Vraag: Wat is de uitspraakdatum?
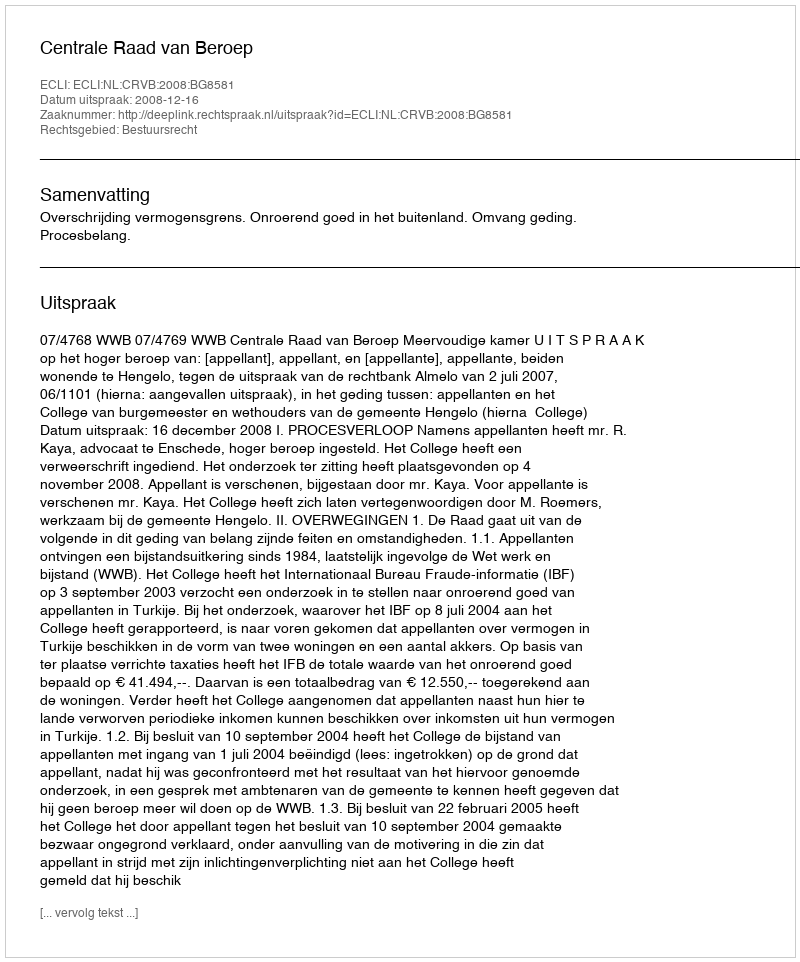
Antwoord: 2008-12-16